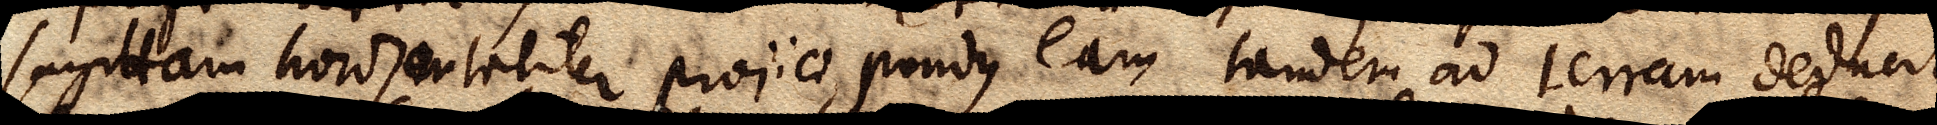
sagittam horizontaliter projici, pondus eam tandem ad terram deducit,